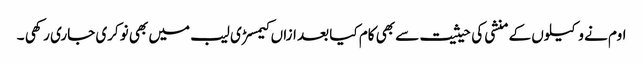
اوم نے وکیلوں کے منشی کی حیثیت سے بھی کام کیا بعد ازاں کیمسڑی لیب میں بھی نوکری جاری رکھی ۔